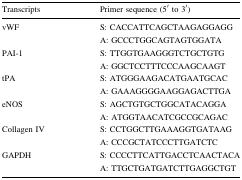
| Transcripts | Primer sequence (5′ to 3′) |
 | --- | --- |
 | <ROWSPAN=2> vWF | S: CACCATTCAGCTAAGAGGAGG |
 | A: GCCCTGGCAGTAGTGGATA |
 | <ROWSPAN=2> PAI-1 | S: TTGGTGAAGGGTCTGCTGTG |
 | A: GGCTCCTTTCCCAAGCAAGT |
 | <ROWSPAN=2> tPA | S: ATGGGAAGACATGAATGCAC |
 | A: GAAAGGGGAAGGAGACTTGA |
 | <ROWSPAN=2> eNOS | S: AGCTGTGCTGGCATACAGGA |
 | A: ATGGTAACATCGCCGCAGAC |
 | <ROWSPAN=2> Collagen IV | S: CCTGGCTTGAAAGGTGATAAG |
 | A: CCCGCTATCCCTTGATCTC |
 | <ROWSPAN=2> GAPDH | S: CCCCTTCATTGACCTCAACTACA |
 | A: TTGCTGATGATCTTGAGGCTGT |